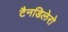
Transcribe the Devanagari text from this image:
टैनडिलेरो